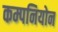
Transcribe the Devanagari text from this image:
कम्पनियोन